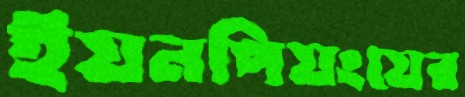
ইয়নপিয়ংয়ের